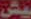
بيش